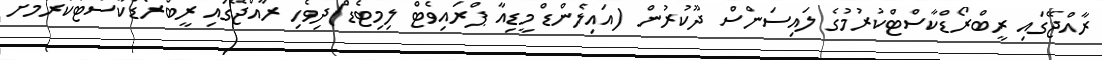
ރާއްޖޭގައި ރީބްރޯޑްކާސްޓްކުރުމުގެ ލައިސަންސް ދޫކުރުން (އައިލެންޑް މީޑިއާ ޕްރައިވެޓް ލިމިޓެޑް)ދިވެހި ރާއްޖޭގައި ރީބްރޯޑްކާސްޓްކުރުމަށް